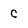
Character: C